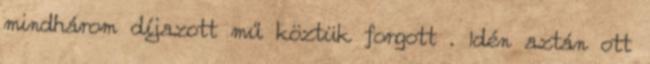
mindhárom díjazott mű köztük forgott . Idén aztán ott